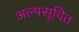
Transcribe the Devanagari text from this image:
अल्पसूचित